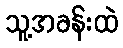
သူ့အခန်းထဲ